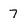
Character: 7